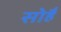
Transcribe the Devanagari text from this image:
सोहै